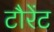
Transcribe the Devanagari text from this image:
टौरेंट